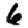
Digit: 6